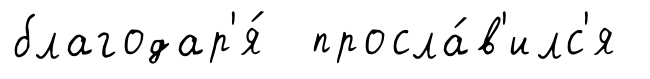
благодар'я́ просла́в'илс'я